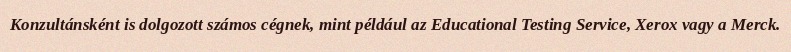
Konzultánsként is dolgozott számos cégnek, mint például az Educational Testing Service, Xerox vagy a Merck.